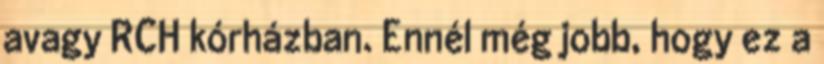
avagy RCH kórházban. Ennél még jobb, hogy ez a